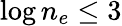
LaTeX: \log n_{e}\leq 3